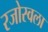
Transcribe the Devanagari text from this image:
रजोस्वला